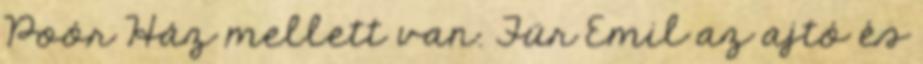
Poór Ház mellett van. Für Emil az ajtó és